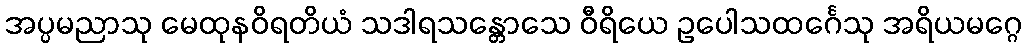
အပ္ပမညာသု မေထုနဝိရတိယံ သဒါရသန္တောသေ ဝီရိယေ ဥပေါသထင်္ဂေသု အရိယမဂ္ဂေ